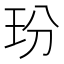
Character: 玢